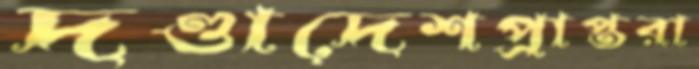
দণ্ডাদেশপ্রাপ্তরা